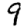
Digit: 9